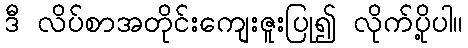
ဒီ လိပ်စာအတိုင်းကျေးဇူးပြု၍ လိုက်ပို့ပါ။